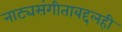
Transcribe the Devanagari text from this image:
नाट्यसंगीताबद्दलही